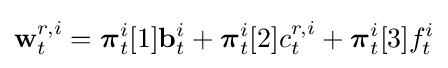
\mathbf {w} _{t}^{r,i}={\boldsymbol {\pi }}_{t}^{i}[1]\mathbf {b} _{t}^{i}+{\boldsymbol {\pi }}_{t}^{i}[2]c_{t}^{r,i}+{\boldsymbol {\pi }}_{t}^{i}[3]f_{t}^{i}